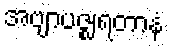
အဗျာပဇ္ဈရတာနံ